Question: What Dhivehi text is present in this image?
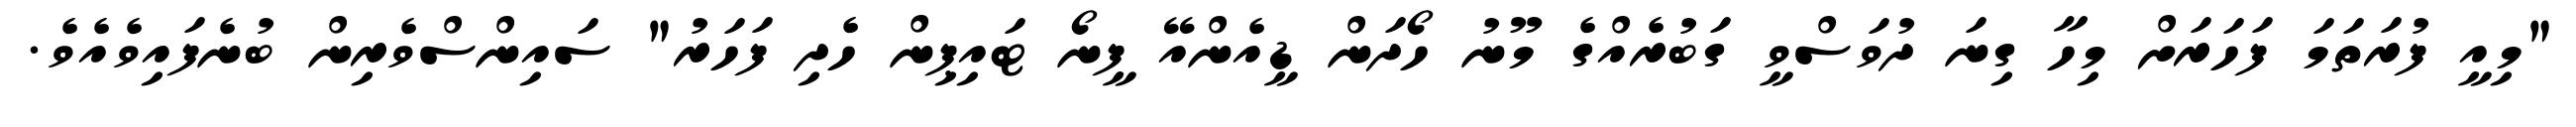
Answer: "މިއީ ފުރަތަމަ ފަހަރަށް މިހާ ގިނަ ދުވަސްވީ ގަބުރެއްގެ މޫނު ހޯދަން ޑީއެންއޭ ފީނޯ ޓައިޕިން ހެދި ފަހަރު" ސައިންސްވެރިން ބުނެފައިވެއެވެ.